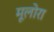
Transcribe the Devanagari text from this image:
मूलोरा